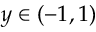
y \in ( - 1 , 1 )